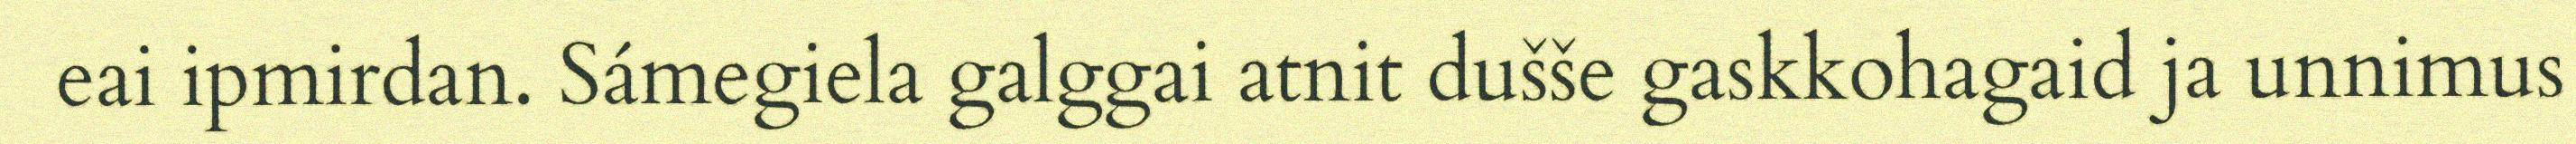
eai ipmirdan. Sámegiela galggai atnit dušše gaskkohagaid ja unnimus